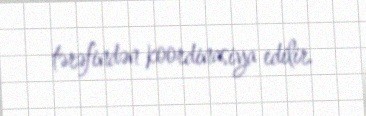
tərəfindən koordinasiya edilir.